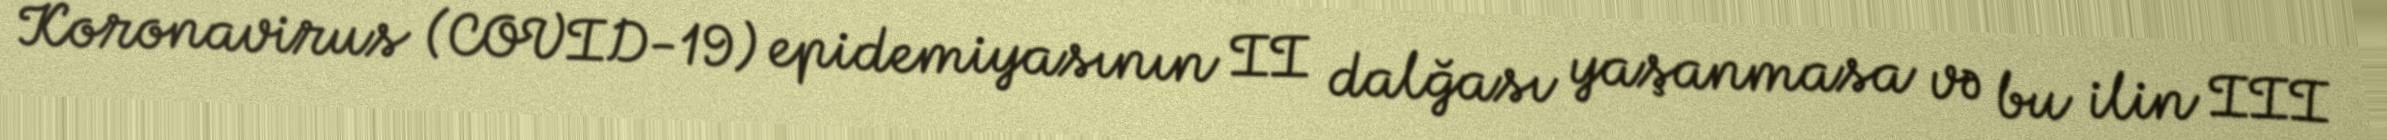
Koronavirus (COVID-19) epidemiyasının II dalğası yaşanmasa və bu ilin III